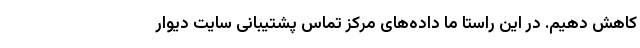
کاهش دهیم. در این راستا ما داده‌های مرکز تماس پشتیبانی سایت دیوار